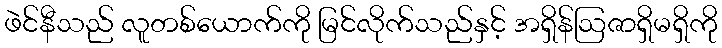
ဖဲင်နီသည် လူတစ်ယောက်ကို မြင်လိုက်သည်နှင့် အရှိန်ဩဇာရှိမရှိကို